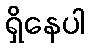
ရှိနေပါ